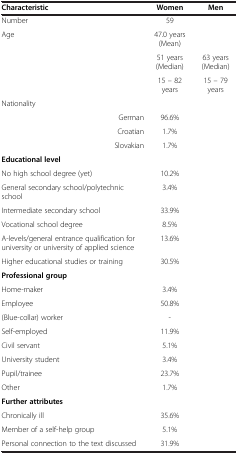
<table><thead><tr><td><b>Characteristic</b></td><td><b>Women</b></td><td><b>Men</b></td></tr></thead><tbody><tr><td>Number</td><td>59</td><td>[EMPTY_CELL]</td></tr><tr><td rowspan="3">Age</td><td>47.0 years (Mean)</td><td>[EMPTY_CELL]</td></tr><tr><td>51 years (Median)</td><td>63 years (Median)</td></tr><tr><td>15 – 82 years</td><td>15 – 79 years</td></tr><tr><td>Nationality</td><td>[EMPTY_CELL]</td><td>[EMPTY_CELL]</td></tr><tr><td>German</td><td>96.6%</td><td>[EMPTY_CELL]</td></tr><tr><td>Croatian</td><td>1.7%</td><td>[EMPTY_CELL]</td></tr><tr><td>Slovakian</td><td>1.7%</td><td>[EMPTY_CELL]</td></tr><tr><td><b>Educational level</b></td><td>[EMPTY_CELL]</td><td>[EMPTY_CELL]</td></tr><tr><td>No high school degree (yet)</td><td>10.2%</td><td>[EMPTY_CELL]</td></tr><tr><td>General secondary school/polytechnic school</td><td>3.4%</td><td>[EMPTY_CELL]</td></tr><tr><td>Intermediate secondary school</td><td>33.9%</td><td>[EMPTY_CELL]</td></tr><tr><td>Vocational school degree</td><td>8.5%</td><td>[EMPTY_CELL]</td></tr><tr><td>A-levels/general entrance qualification for university or university of applied science</td><td>13.6%</td><td>[EMPTY_CELL]</td></tr><tr><td>Higher educational studies or training</td><td>30.5%</td><td>[EMPTY_CELL]</td></tr><tr><td><b>Professional group</b></td><td>[EMPTY_CELL]</td><td>[EMPTY_CELL]</td></tr><tr><td>Home-maker</td><td>3.4%</td><td>[EMPTY_CELL]</td></tr><tr><td>Employee</td><td>50.8%</td><td>[EMPTY_CELL]</td></tr><tr><td>(Blue-collar) worker</td><td>-</td><td>[EMPTY_CELL]</td></tr><tr><td>Self-employed</td><td>11.9%</td><td>[EMPTY_CELL]</td></tr><tr><td>Civil servant</td><td>5.1%</td><td>[EMPTY_CELL]</td></tr><tr><td>University student</td><td>3.4%</td><td>[EMPTY_CELL]</td></tr><tr><td>Pupil/trainee</td><td>23.7%</td><td>[EMPTY_CELL]</td></tr><tr><td>Other</td><td>1.7%</td><td>[EMPTY_CELL]</td></tr><tr><td><b>Further attributes</b></td><td>[EMPTY_CELL]</td><td>[EMPTY_CELL]</td></tr><tr><td>Chronically ill</td><td>35.6%</td><td>[EMPTY_CELL]</td></tr><tr><td>Member of a self-help group</td><td>5.1%</td><td>[EMPTY_CELL]</td></tr><tr><td>Personal connection to the text discussed</td><td>31.9%</td><td>[EMPTY_CELL]</td></tr></tbody></table>